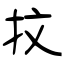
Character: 抆